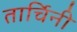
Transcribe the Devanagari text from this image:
तार्चिनी